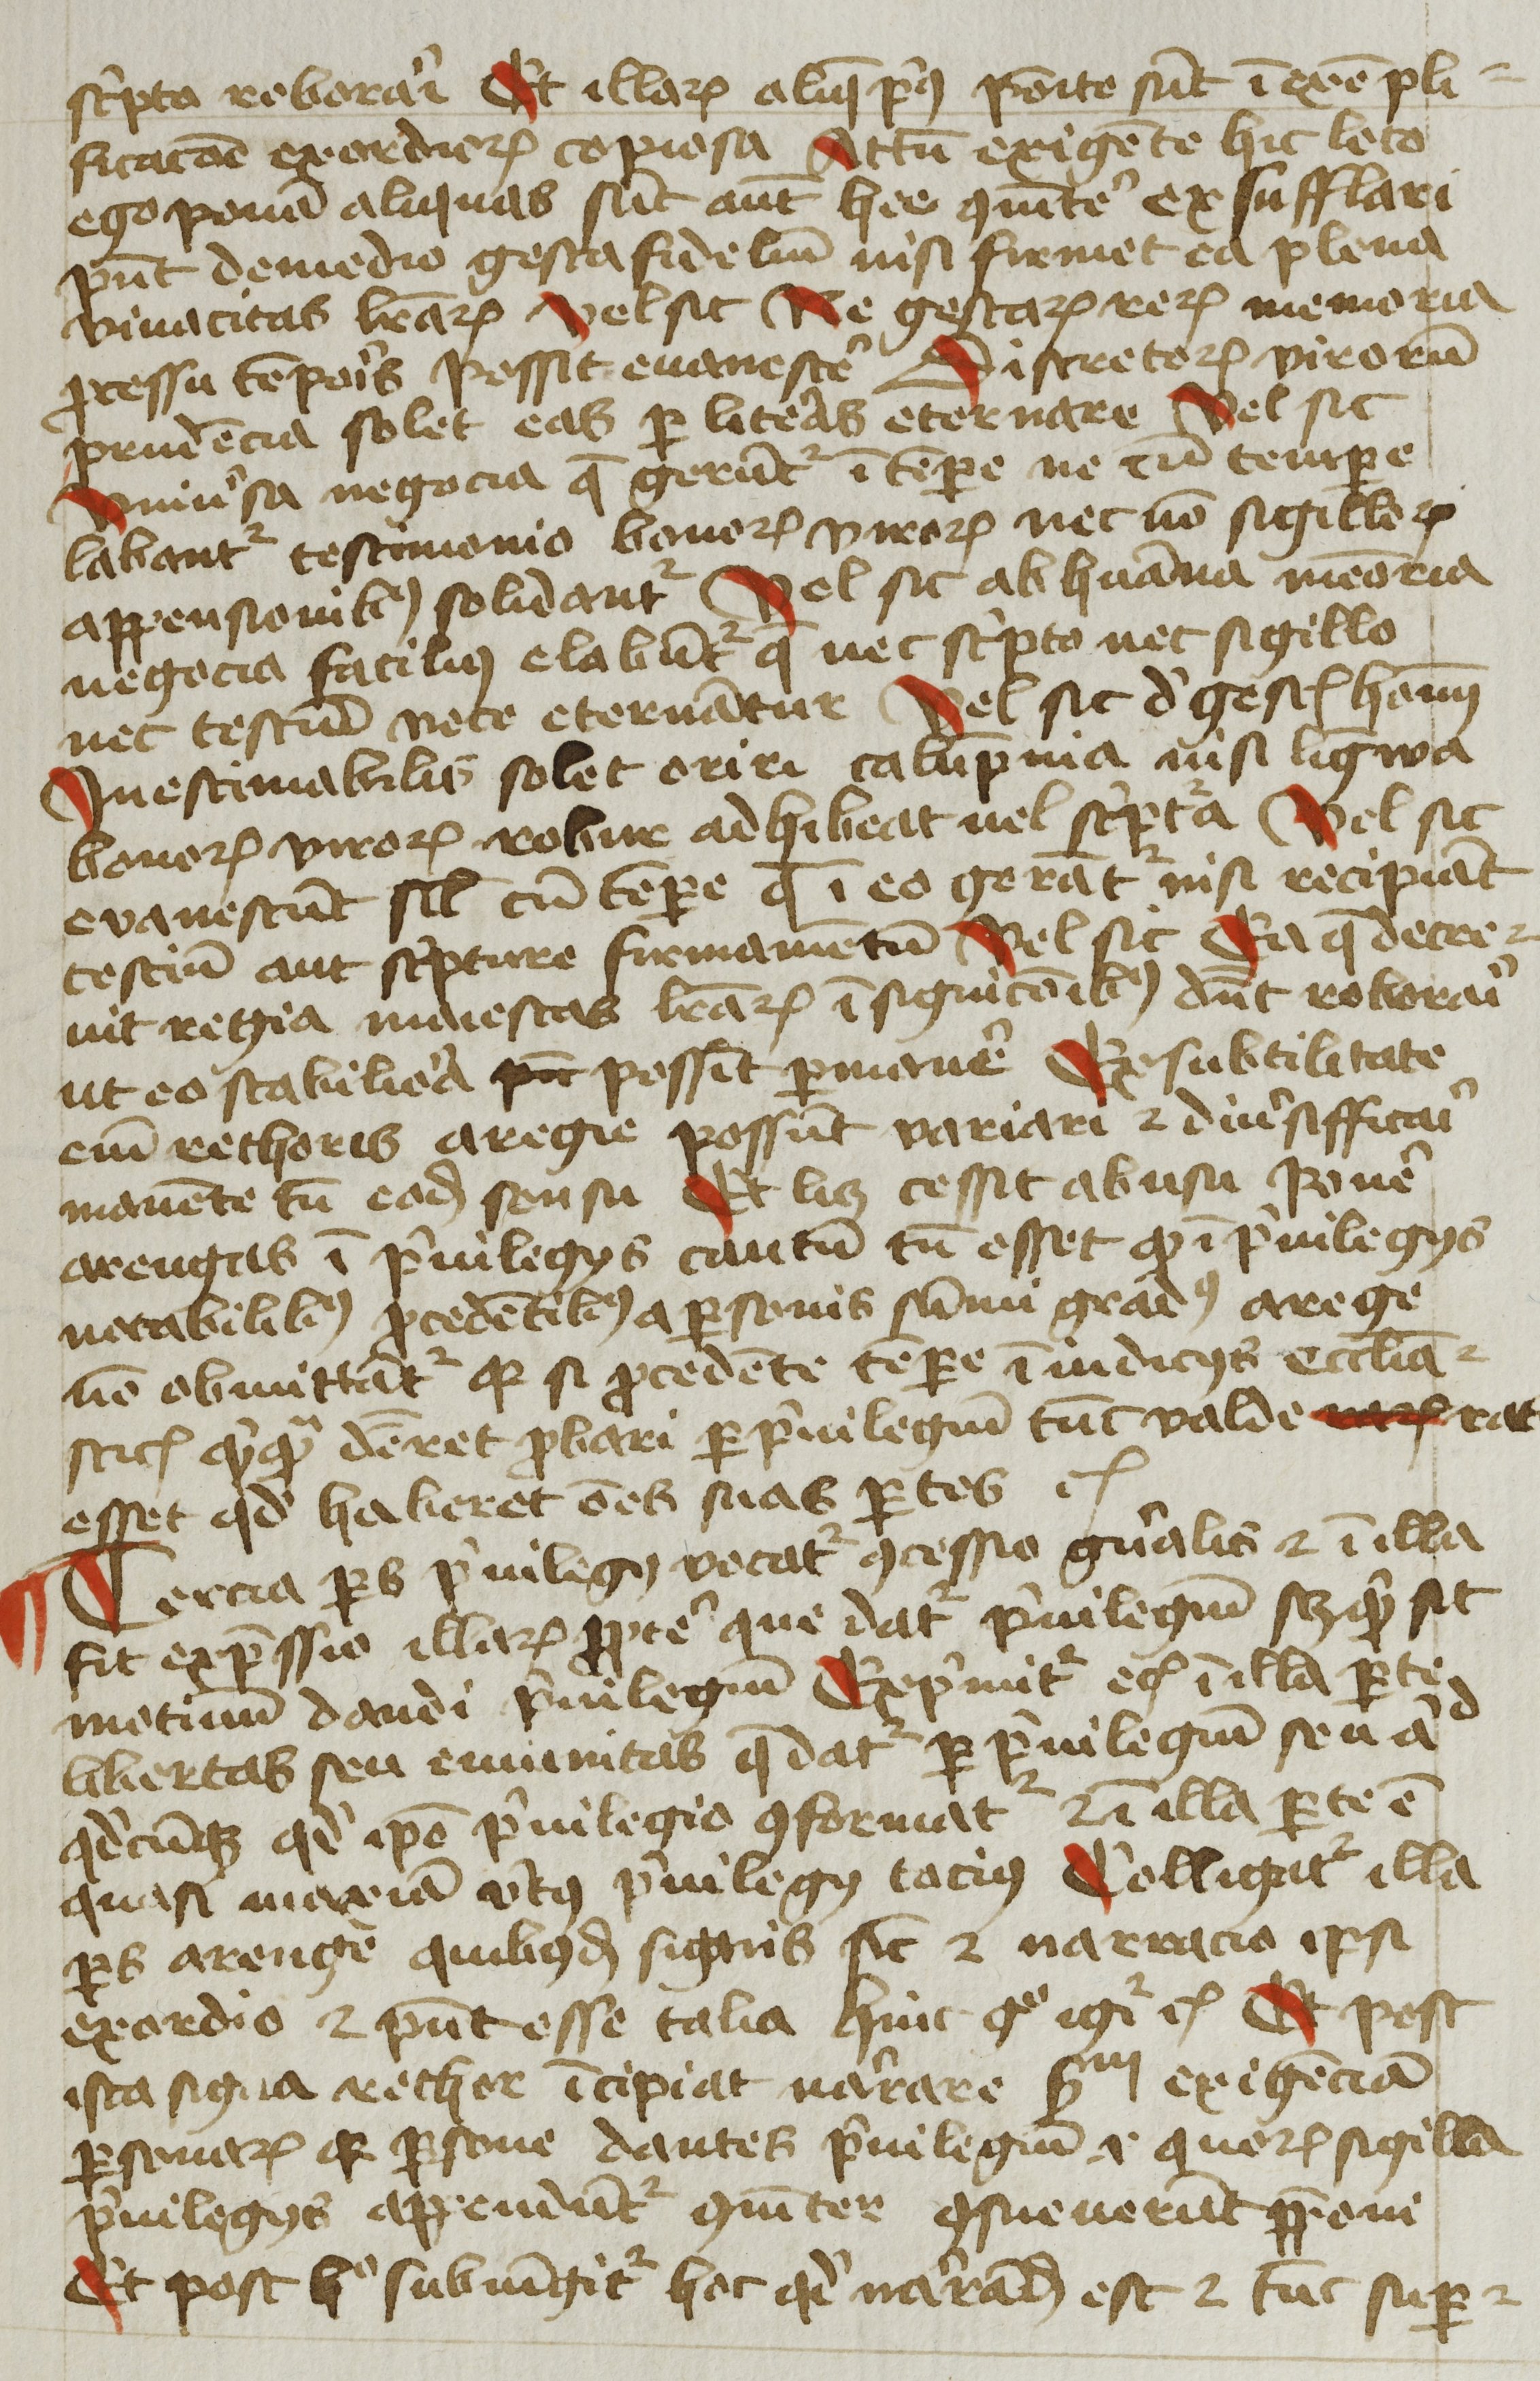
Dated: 1425–1449